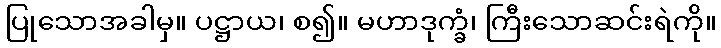
ပြုသောအခါမှ။ ပဋ္ဌာယ၊ စ၍။ မဟာဒုက္ခံ၊ ကြီးသောဆင်းရဲကို။